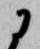
に